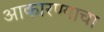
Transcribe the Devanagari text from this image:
आकारण्याचा